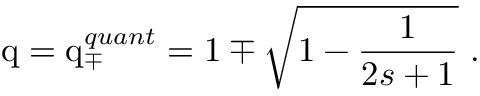
\mathrm { q } = \mathrm { q } _ { \mp } ^ { q u a n t } = 1 \mp \sqrt { 1 - \frac { 1 } { 2 s + 1 } } \ .